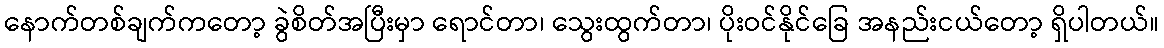
နောက်တစ်ချက်ကတော့ ခွဲစိတ်အပြီးမှာ ရောင်တာ၊ သွေးထွက်တာ၊ ပိုးဝင်နိုင်ခြေ အနည်းငယ်တော့ ရှိပါတယ်။